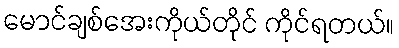
မောင်ချစ်အေးကိုယ်တိုင် ကိုင်ရတယ်။